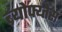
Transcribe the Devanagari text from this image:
ब्र्योफ्य्तेस्